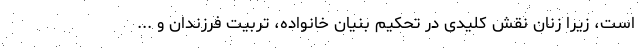
است، زیرا زنان نقش کلیدی در تحکیم بنیان خانواده، تربیت فرزندان و ...